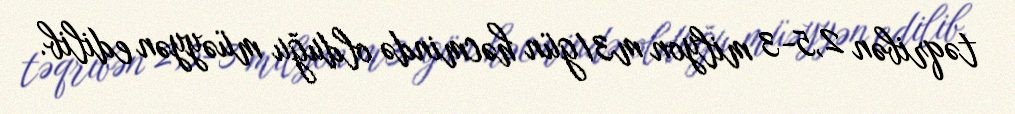
təqribən 2,5-3 milyon m3/gün həcmində olduğu müəyyən edilib.